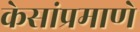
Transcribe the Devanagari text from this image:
केसांप्रमाणे